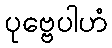
ပုဗ္ဗေပါဟံ